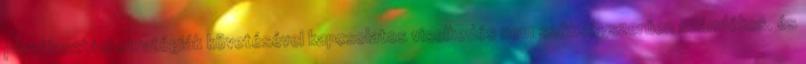
párválasztási stratégiák követésével kapcsolatos viselkedés nem szükségszerűen szándékos, és